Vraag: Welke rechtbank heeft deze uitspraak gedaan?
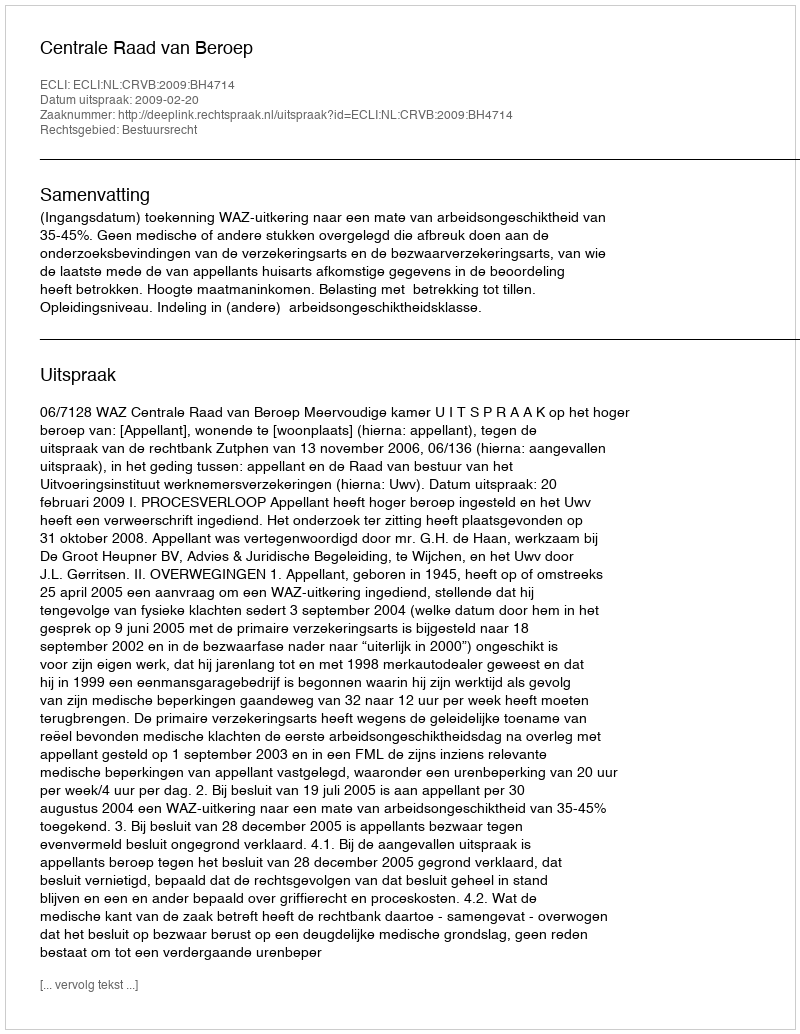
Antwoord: Centrale Raad van Beroep